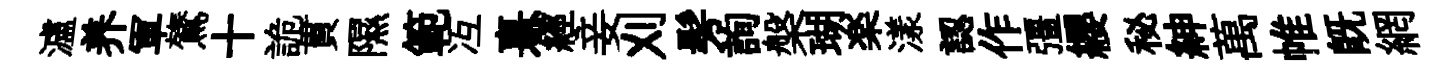
瀘养軍鷟十詭貫隰範冱憙經妾刈髣詢槃瑚楽漾認作彊纓秘紳萬帷既網